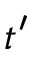
t ^ { \prime }